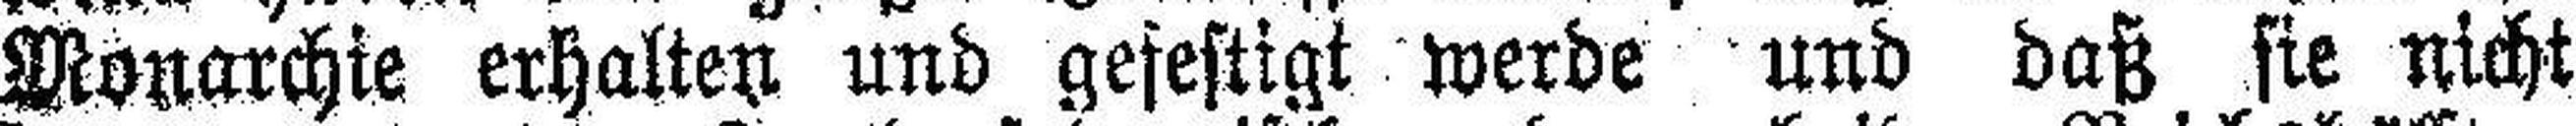
Monarchie erhalten und gefestigt werde und daß sie nicht